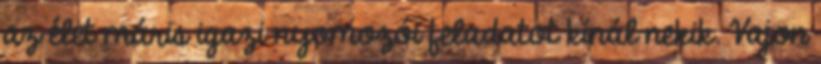
az élet máris igazi nyomozói feladatot kínál nekik. Vajon